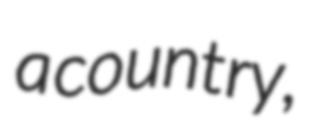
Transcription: a country,